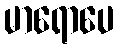
မာရောပေ